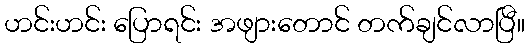
ဟင်းဟင်း ပြောရင်း အဖျားတောင် တက်ချင်လာပြီ။